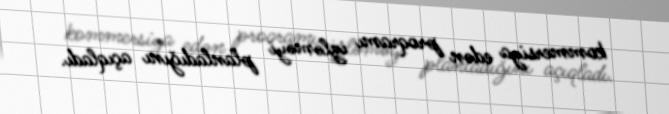
kommersiya edən proqramı izləməyi planladığını açıqladı.